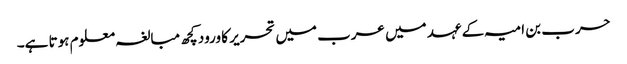
حرب بن امیہ کے عہد میں عرب میں تحریر کا ورود کچھ مبالغہ معلوم ہوتا ہے۔